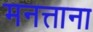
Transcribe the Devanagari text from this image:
मनत्ताना